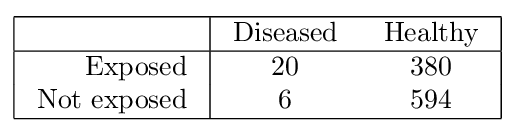
{\begin{array}{|r|cc|}\hline &{\text{ Diseased }}&{\text{ Healthy }}\\\hline {\text{ Exposed }}&20&380\\{\text{ Not exposed }}&6&594\\\hline \end{array}}